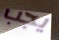
يجب